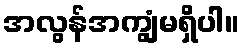
အလွန်အကျွံမရှိပါ။